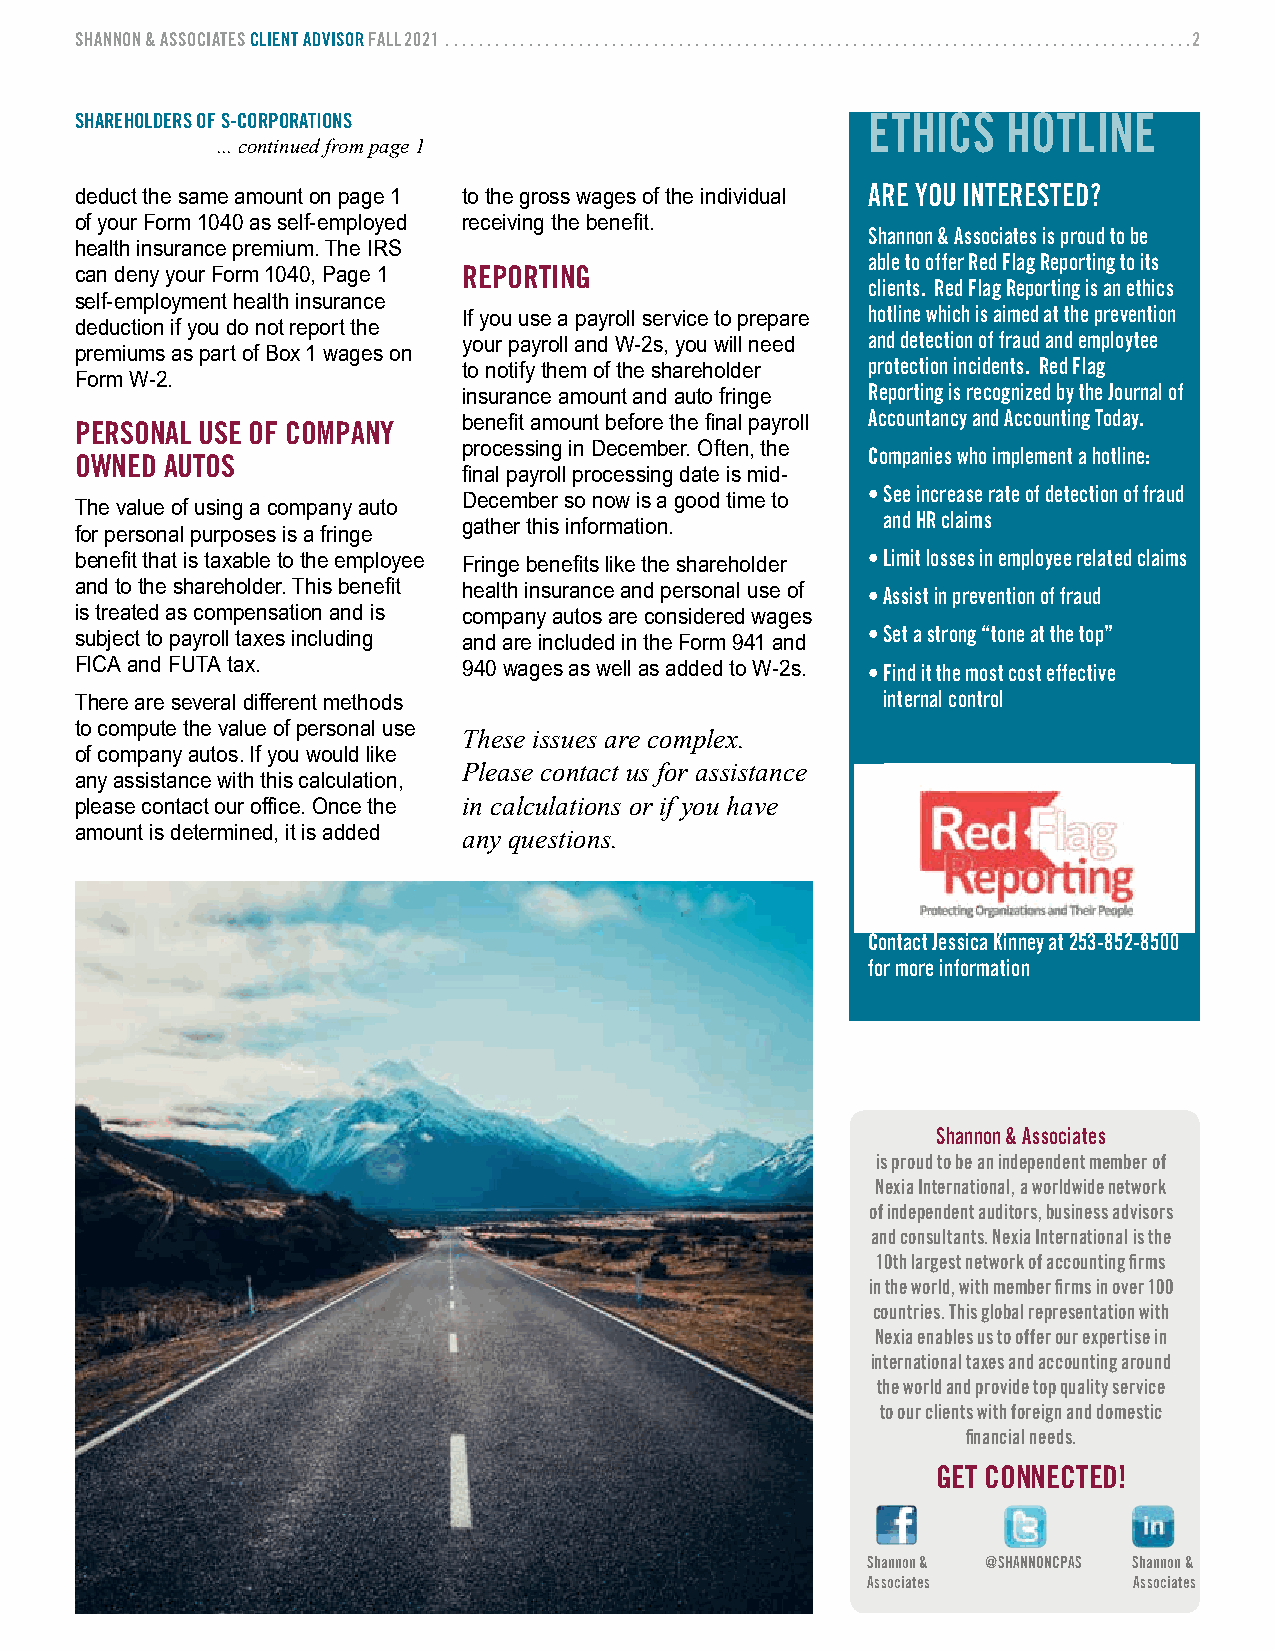
SHANNoN & ASSoCIATES ClIENT AdvISor fAll 2021  . . . . . . . . . . . . . . . . . . . . . . . . . . . . . . . . . . . . . . . . . . . . . . . . . . . . . . . . . . . . . . . . . . . . . . . . . . . . . . . . . . . . . . . . . .2
 SHArEHoldErS of S-CorporATIoNS                      ethics    hotline
 ... continued from page 1
 ArE yoU INTErESTEd?
 deduct the same amount on page 1 to the gross wages of the individual
 of your Form 1040 as self-employed receiving the benefit.
 Shannon & Associates is proud to be
 health insurance premium . The IRS
 able to offer red flag reporting to its
 can deny your Form 1040, Page 1 rEporTINg
 clients . red flag reporting is an ethics
 self-employment health insurance
 If you use a payroll service to prepare hotline which is aimed at the prevention
 deduction if you do not report the
 your payroll and W-2s, you will need and detection of fraud and employtee
 premiums as part of Box 1 wages on
 to notify them of the shareholder protection incidents . red flag
 Form W-2 .
 insurance amount and auto fringe reporting is recognized by the Journal of
 pErSoNAl USE of CompANy   benefit amount before the final payroll Accountancy and Accounting Today .
 processing in December. Often, the Companies who implement a hotline:
 owNEd AUToS
 final payroll processing date is mid-
 •See increase rate of detection of fraud
 December so now is a good time to
 The value of using a company auto
 and Hr claims
 gather this information .
 for personal purposes is a fringe
 benefit that is taxable to the employee Fringe benefits like the shareholder •Limit losses in employee related claims
 and to the shareholder. This benefit health insurance and personal use of •Assist in prevention of fraud
 is treated as compensation and is company autos are considered wages
 subject to payroll taxes including and are included in the Form 941 and •Set a strong “tone at the top”
 FICA and FUTA tax .       940 wages as well as added to W-2s . •Find it the most cost effective
 There are several different methods                  internal control
 to compute the value of personal use
 These issues are complex.
 of company autos . If you would like
 Please contact us for assistance
 any assistance with this calculation,
 please contact our office. Once the in calculations or if you have
 amount is determined, it is added any questions.
 Contact Jessica Kinney at 253-852-8500
 for more information
 Shannon & Associates
 is proud to be an independent member of
 Nexia International, a worldwide network
 of independent auditors, business advisors
 and consultants . Nexia International is the
 10th largest network of accounting firms
 in the world, with member firms in over 100
 countries . This global representation with
 Nexia enables us to offer our expertise in
 international taxes and accounting around
 the world and provide top quality service
 to our clients with foreign and domestic
 financial needs .
 gET CoNNECTEd!
 Shannon & @SHANNoNCpAS Shannon &
 Associates        Associates